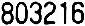
803216